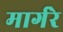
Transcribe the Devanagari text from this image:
मार्गरे